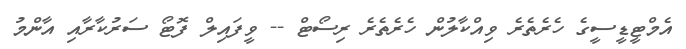
އެމްޓީޑީސީގެ ހެރެތެރެ ވިއްކާލުން ހެރެތެރެ ރިސޯޓް -- ވީފައިލް ފޮޓޯ ސަރުކާރާއި އާންމު